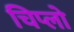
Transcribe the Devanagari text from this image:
चिप्लो